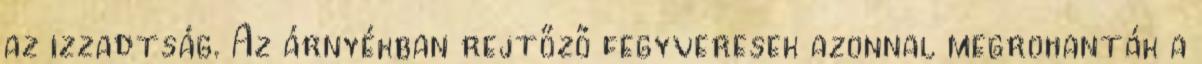
az izzadtság. Az árnyékban rejtőző fegyveresek azonnal megrohanták a